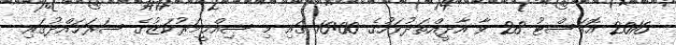
2016 އޮގަސްޓު 28 ވާ އާދީއްތަދުވަހުގެ 16:00 ގައި މި ޞިއްޙީމަރުކަޒުގެ ސަރަޙައްދުގައި